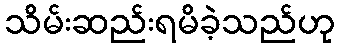
သိမ်းဆည်းရမိခဲ့သည်ဟု